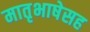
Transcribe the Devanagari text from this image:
मातृभाषेसह